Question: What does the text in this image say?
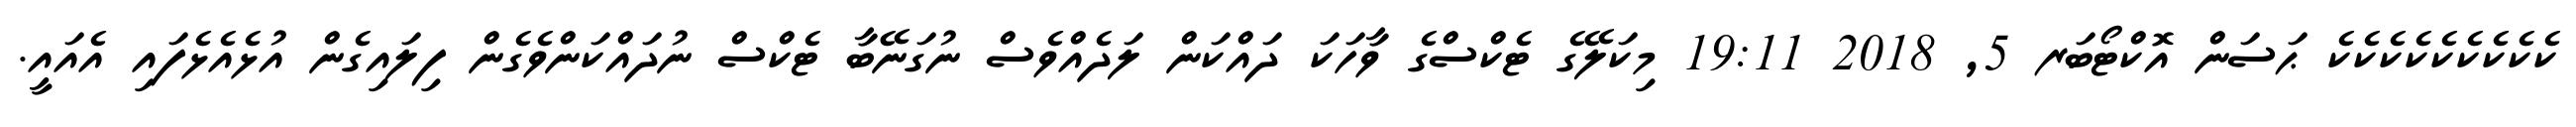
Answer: ކެކެކެކެކެކެކެކެކެ ޙަސަން އޮކްޓޯބަރ 5, 2018 19:11 މިކަލޭގެ ޓެކްސްގެ ވާހަކަ ދައްކަން ލަދެއްވެސް ނުގަނޭބާ ޓެކްސް ނުދައްކަންވެގެން ފިލައިގެން އުޅެއެޅެފައި އެއައީ.